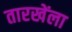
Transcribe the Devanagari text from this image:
तारखेंला